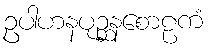
ဥပါဟနပုဉ္ဆနစောဠကံ